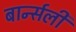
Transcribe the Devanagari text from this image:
बार्न्सली